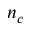
n _ { c }